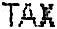
TAX